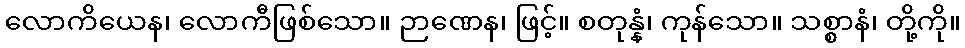
လောကိယေန၊ လောကီဖြစ်သော။ ဉာဏေန၊ ဖြင့်။ စတုန္နံ၊ ကုန်သော။ သစ္စာနံ၊ တို့ကို။